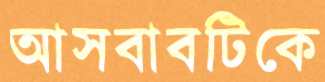
আসবাবটিকে